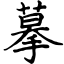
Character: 摹